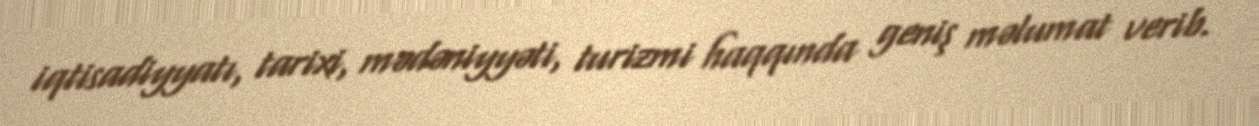
iqtisadiyyatı, tarixi, mədəniyyəti, turizmi haqqında geniş məlumat verib.